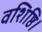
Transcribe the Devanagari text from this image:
वशिष्ठि।